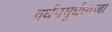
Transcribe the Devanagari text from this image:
वर्धनमूर्धध्वजा